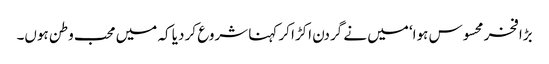
بڑا فخر محسوس ہوا‘ میں نے گردن اکڑا کر کہنا شروع کر دیا کہ میں محب وطن ہوں۔